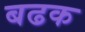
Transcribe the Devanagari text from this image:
बढक